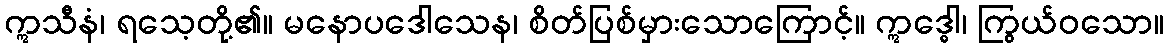
ဣသီနံ၊ ရသေ့တို့၏။ မနောပဒေါသေန၊ စိတ်ပြစ်မှားသောကြောင့်။ ဣဒ္ဓေါ၊ ကြွယ်ဝသော။